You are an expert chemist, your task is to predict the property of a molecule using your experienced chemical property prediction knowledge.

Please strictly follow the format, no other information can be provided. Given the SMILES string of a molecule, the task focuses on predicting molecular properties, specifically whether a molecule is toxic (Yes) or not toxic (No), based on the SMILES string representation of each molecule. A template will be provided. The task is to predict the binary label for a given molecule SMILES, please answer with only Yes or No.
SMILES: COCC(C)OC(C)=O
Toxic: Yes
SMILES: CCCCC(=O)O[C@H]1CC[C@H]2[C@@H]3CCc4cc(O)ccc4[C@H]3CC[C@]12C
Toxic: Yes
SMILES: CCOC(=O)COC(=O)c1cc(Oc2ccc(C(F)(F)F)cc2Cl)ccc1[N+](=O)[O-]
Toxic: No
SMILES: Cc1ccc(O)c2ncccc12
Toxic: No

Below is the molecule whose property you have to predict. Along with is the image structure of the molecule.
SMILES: CC(Cc1ccc(C(C)(C)C)cc1)CN1C[C@H](C)O[C@H](C)C1
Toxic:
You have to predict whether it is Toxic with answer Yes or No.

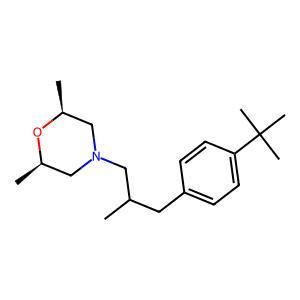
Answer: No